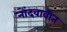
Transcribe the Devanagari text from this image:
नोंदवावीत